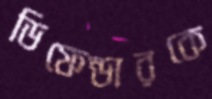
ডিফেন্ডারকে